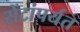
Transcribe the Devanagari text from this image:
सेंटांपर्यंत